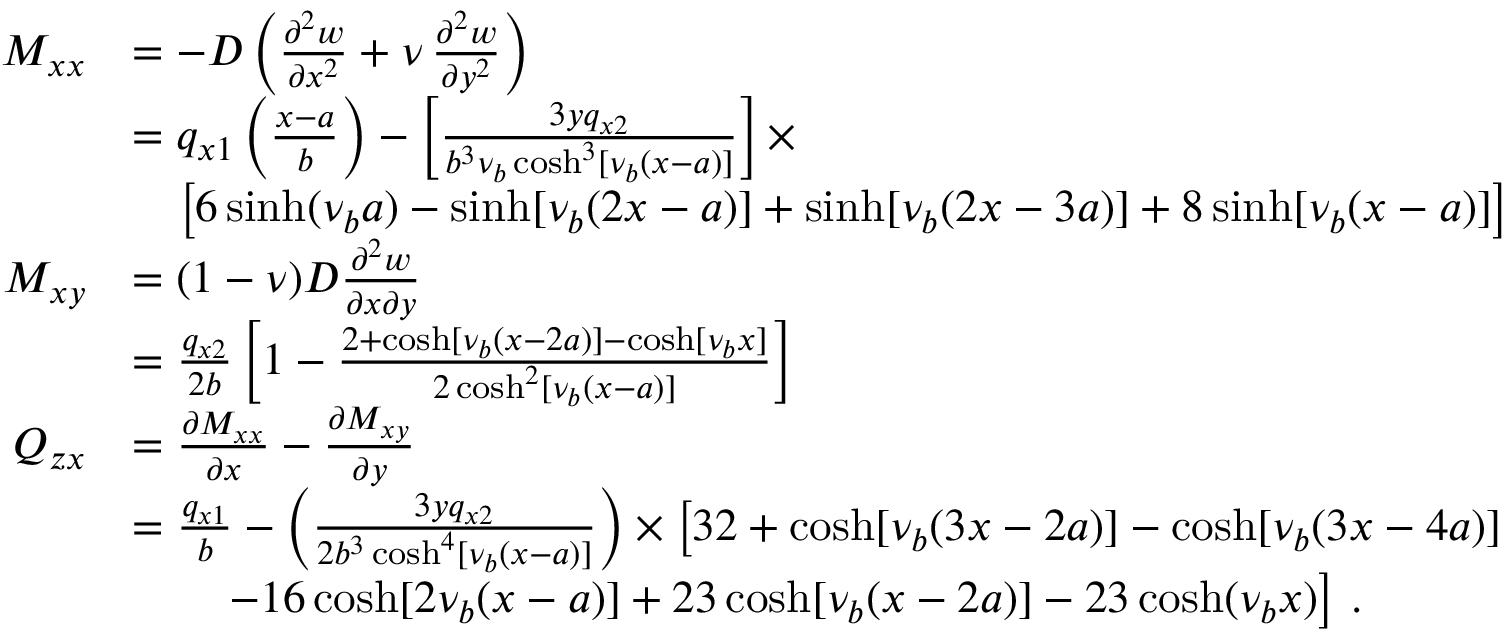
{ \begin{array} { r l } { M _ { x x } } & { = - D \left( { \frac { \partial ^ { 2 } w } { \partial x ^ { 2 } } } + \nu \, { \frac { \partial ^ { 2 } w } { \partial y ^ { 2 } } } \right) } \\ & { = q _ { x 1 } \left( { \frac { x - a } { b } } \right) - \left[ { \frac { 3 y q _ { x 2 } } { b ^ { 3 } \nu _ { b } \cosh ^ { 3 } [ \nu _ { b } ( x - a ) ] } } \right] \times } \\ & { \quad \left[ 6 \sinh ( \nu _ { b } a ) - \sinh [ \nu _ { b } ( 2 x - a ) ] + \sinh [ \nu _ { b } ( 2 x - 3 a ) ] + 8 \sinh [ \nu _ { b } ( x - a ) ] \right] } \\ { M _ { x y } } & { = ( 1 - \nu ) D { \frac { \partial ^ { 2 } w } { \partial x \partial y } } } \\ & { = { \frac { q _ { x 2 } } { 2 b } } \left[ 1 - { \frac { 2 + \cosh [ \nu _ { b } ( x - 2 a ) ] - \cosh [ \nu _ { b } x ] } { 2 \cosh ^ { 2 } [ \nu _ { b } ( x - a ) ] } } \right] } \\ { Q _ { z x } } & { = { \frac { \partial M _ { x x } } { \partial x } } - { \frac { \partial M _ { x y } } { \partial y } } } \\ & { = { \frac { q _ { x 1 } } { b } } - \left( { \frac { 3 y q _ { x 2 } } { 2 b ^ { 3 } \cosh ^ { 4 } [ \nu _ { b } ( x - a ) ] } } \right) \times \left[ 3 2 + \cosh [ \nu _ { b } ( 3 x - 2 a ) ] - \cosh [ \nu _ { b } ( 3 x - 4 a ) ] \right. } \\ & { \qquad \left. - 1 6 \cosh [ 2 \nu _ { b } ( x - a ) ] + 2 3 \cosh [ \nu _ { b } ( x - 2 a ) ] - 2 3 \cosh ( \nu _ { b } x ) \right] \, . } \end{array} }